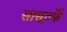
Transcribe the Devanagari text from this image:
सासूतर्फे